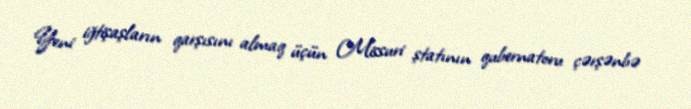
Yeni iğtişaşların qarşısını almaq üçün Missuri ştatının qubernatoru çərşənbə